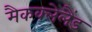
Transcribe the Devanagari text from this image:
मैकक्लेलैंड